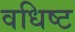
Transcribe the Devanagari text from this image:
वधिष्ट